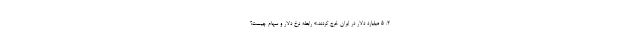
۲. ۵ میلیارد دلار در ایران خرج کردند.» رابطه نرخ دلار و سهام چیست؟